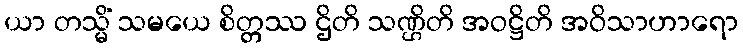
ယာ တသ္မိံ သမယေ စိတ္တဿ ဌိတိ သဏ္ဌိတိ အဝဋ္ဌိတိ အဝိသာဟာရော